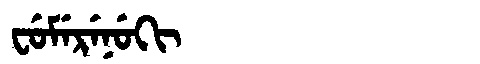
Manchu: ᠸᡠᠮᡝᡵᡝᠨᡠᡴᡳ
Romanization: FUMERENUKI